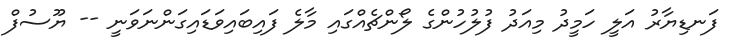
ފަނޑިޔާރު އަލީ ހަމީދު މިއަދު ފުލުހުންގެ ލޯންޗެއްގައި މާލެ ފައިބައިވަޑައިގަންނަވަނީ -- ޔޫސުފް